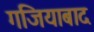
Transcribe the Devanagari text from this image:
गजियाबाद